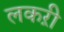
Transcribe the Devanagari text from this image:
लकऱी